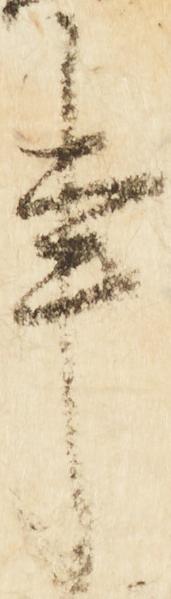
事